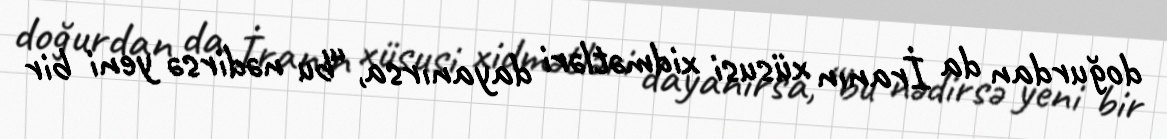
doğurdan da İranın xüsusi xidmətləri dayanırsa, “bu nədirsə yeni bir